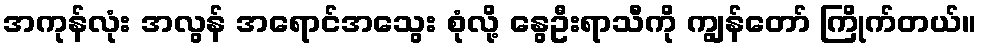
အကုန်လုံး အလွန် အရောင်အသွေး စုံလို့ နွေဦးရာသီကို ကျွန်တော် ကြိုက်တယ်။